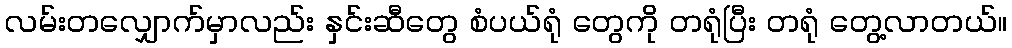
လမ်းတလျှောက်မှာလည်း နှင်းဆီတွေ စံပယ်ရုံ တွေကို တရုံပြီး တရုံ တွေ့လာတယ်။